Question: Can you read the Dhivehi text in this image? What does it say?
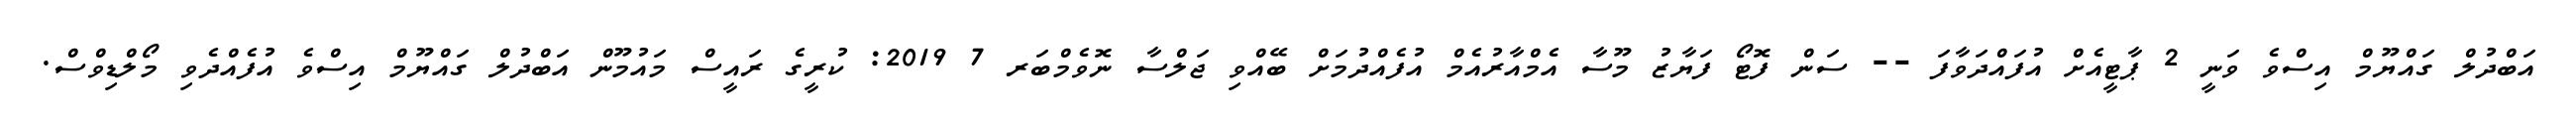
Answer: އަބްދުލް ގައްޔޫމް އިސްވެ ވަނީ 2 ޕާޓީއެށް އުފައްދަވާފަ -- ސަން ފޮޓޯ ފަޔާޒު މޫސާ އެމްއާރުއެމް އުފެއްދުމަށް ބޭއްވި ޖަލްސާ ނޮވެމްބަރ 7 2019: ކުރީގެ ރައީސް މައުމޫން އަބްދުލް ގައްޔޫމް އިސްވެ އުފެއްދެވި މޯލްޑިވްސް.